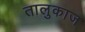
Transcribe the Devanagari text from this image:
तालुकाज